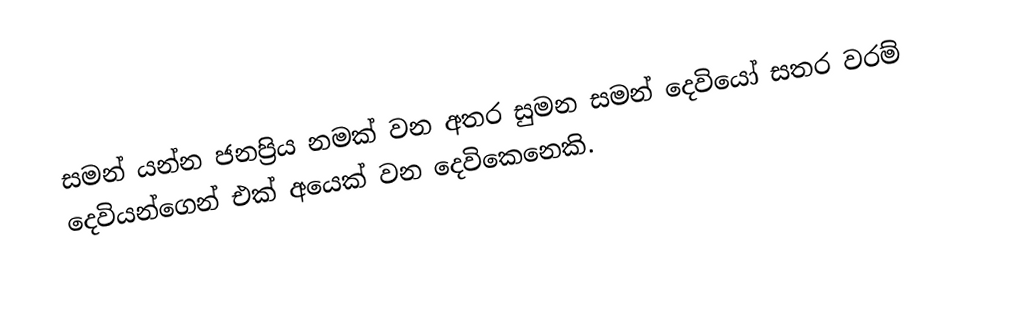
සමන් යන්න ජනප්‍රිය නමක් වන අතර සුමන සමන් දෙවියෝ සතර වරම් දෙවියන්ගෙන් එක් අයෙක් වන දෙවිකෙනෙකි.